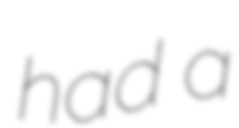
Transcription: had a